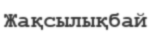
Жақсылықбай